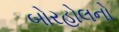
બોરહોલનો